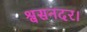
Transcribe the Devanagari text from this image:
श्वसनदर।